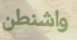
واشنطن